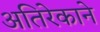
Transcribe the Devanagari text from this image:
अतिरेकाने